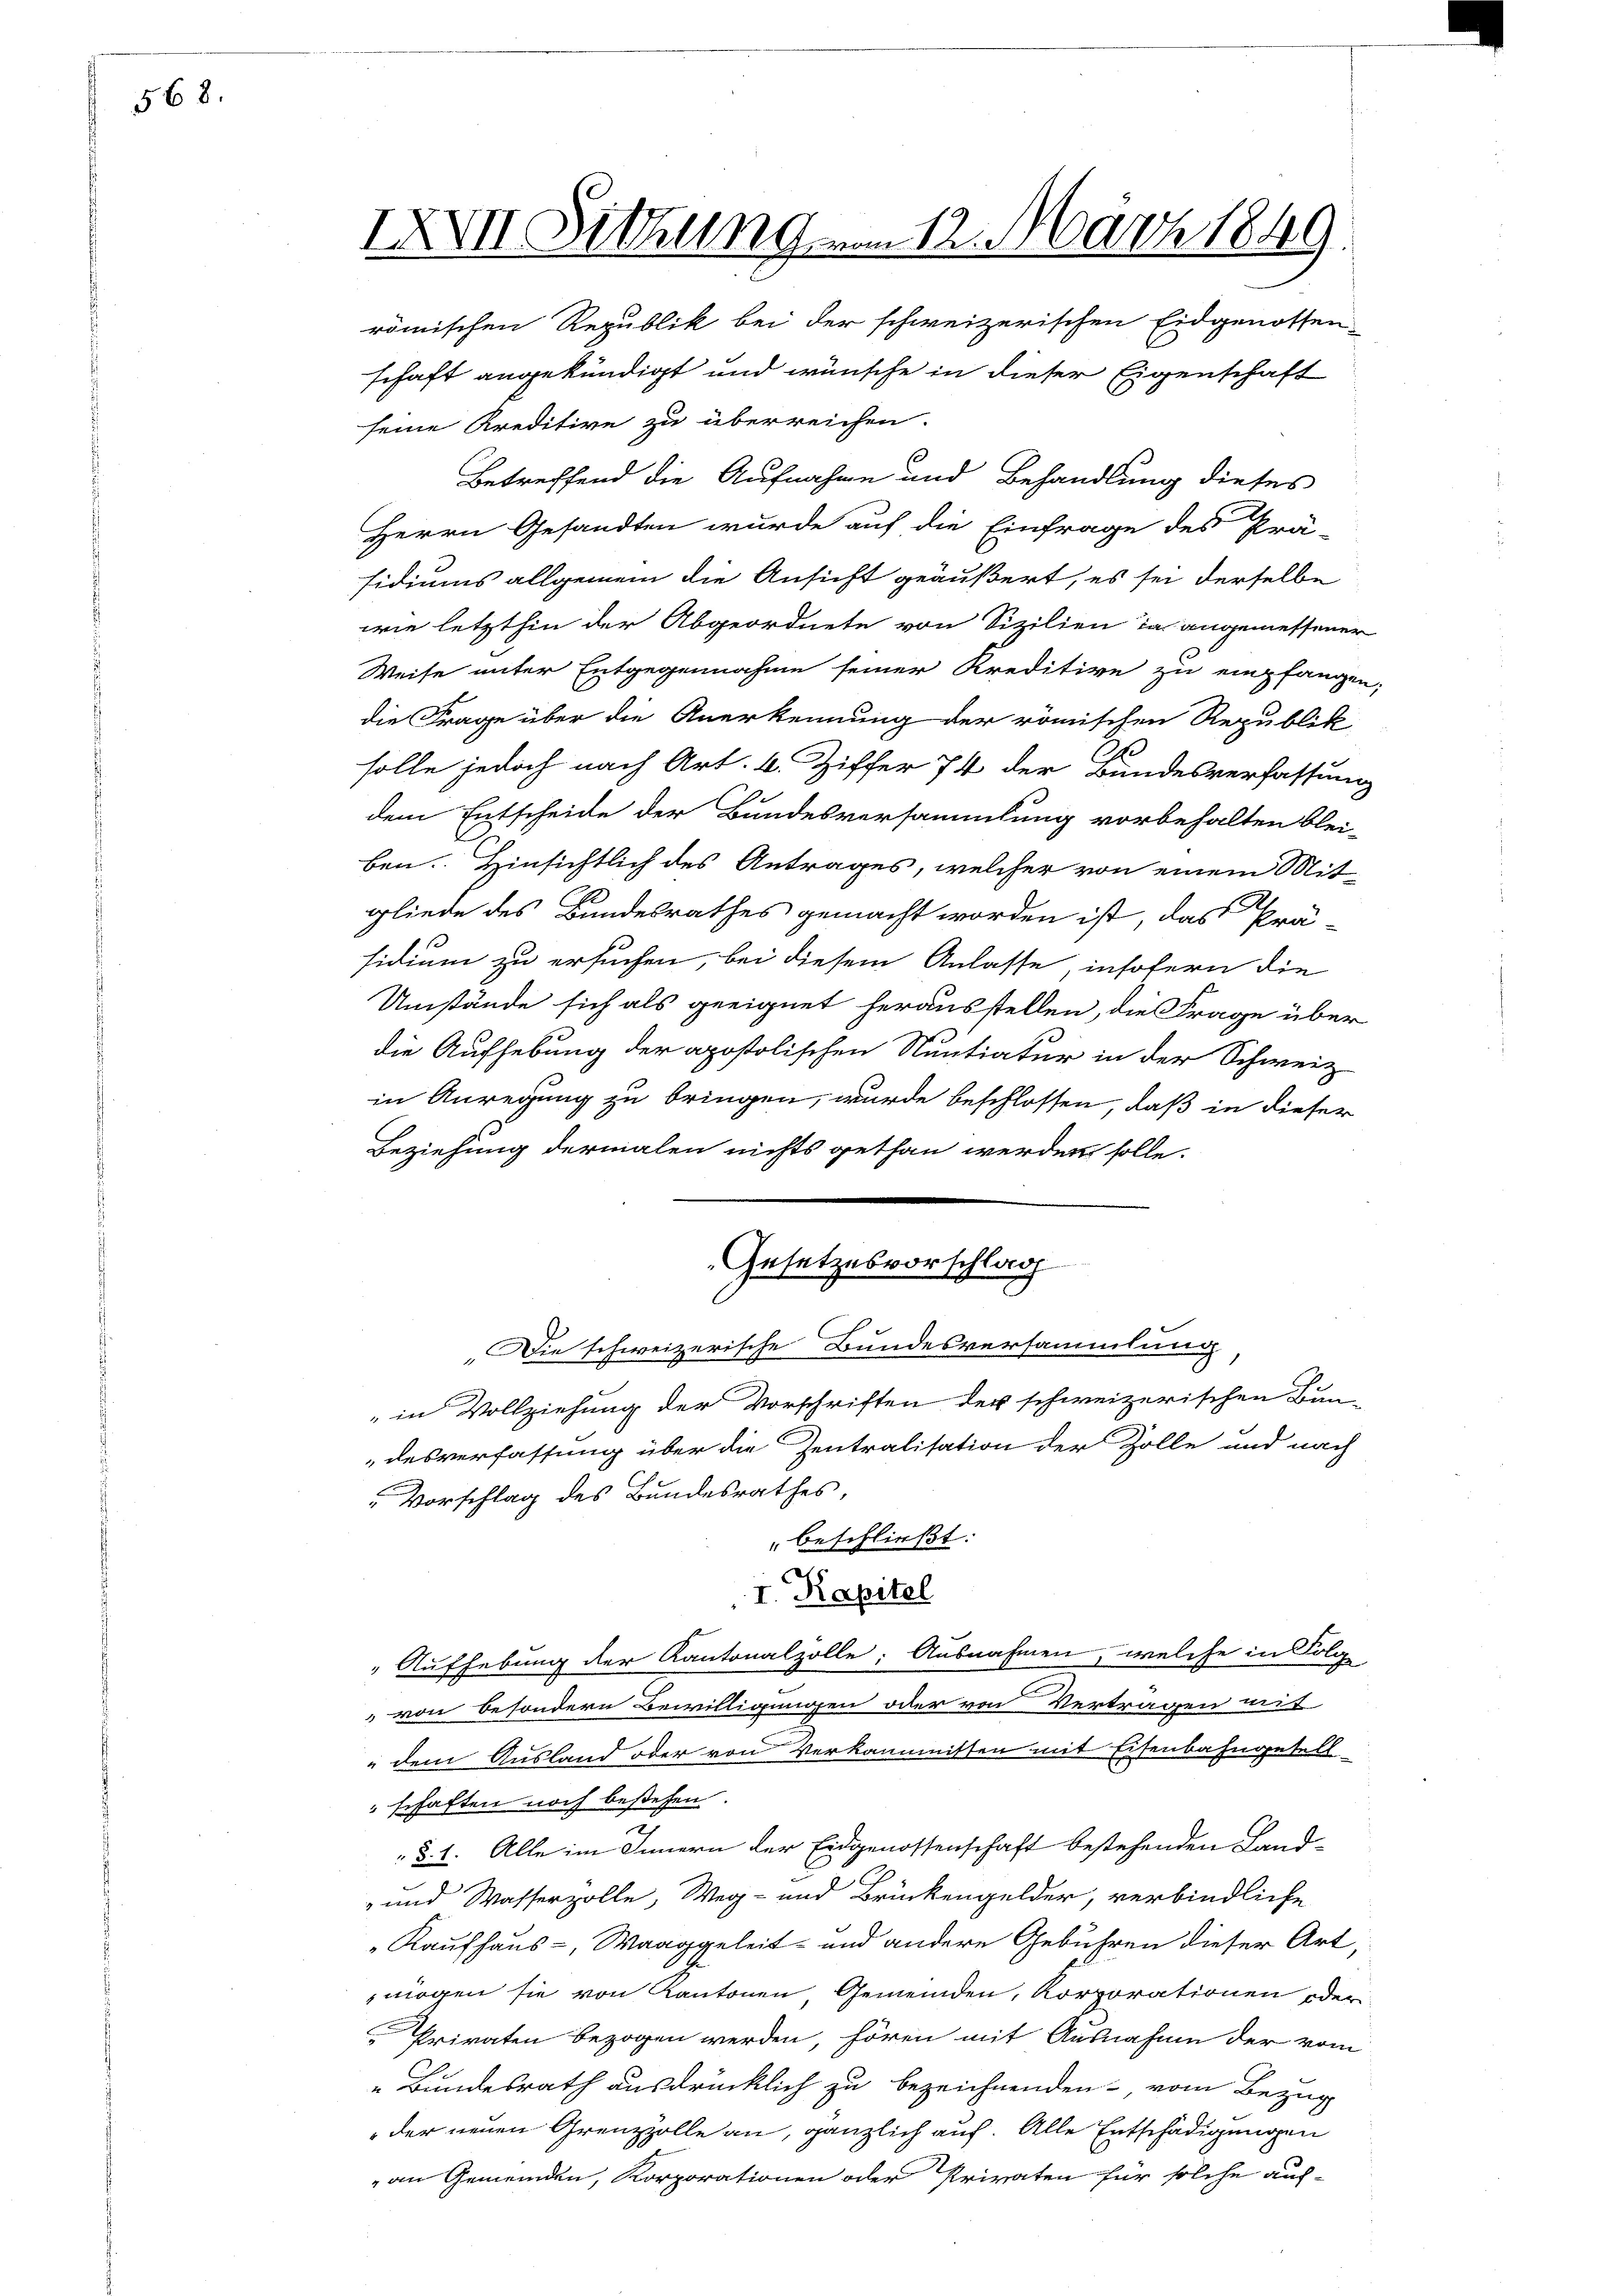
568.

IXVII Sitzung vom 12. März 1849.

römischen Republik bei der schweizerischen Eidgenossen-
schaft angekündigt und wünsche in dieser Eigenschaft
seine Kreditive zu überreichen.

Betreffend die Aufnahme und Behandlung dieses
Herrn Gesandten wurde auf die Einfrage des Prä-
sidiums allgemein die Ansicht geäußert, es sei derselbe
wie letzthin der Abgeordnete von Sizilien das angemessener
Weise unter Entgegennahme seiner Kreditive zu empfange
die Frage über die Anerkennung der römischen Republik
solle jedoch nach Art. 6. Ziffer 74 der Bundesverfassung
dem Entscheide der Bundesversammlung vorbehalten blei-
ben. Hinsichtlich des Antrages, welcher von einem Mit-
gliede des Bundesrathes gemacht worden ist, das Prä-
sidium zu ersuchen, bei diesem Anlasse, insofern die
Umstände sich als geeignet herausstellen, die Frage über
die Aufhebung der apostolischen Nuntiatur in der Schweiz
in Anregung zu bringen, wurde beschlossen, daß in dieser
Beziehung dermalen nichts gethan werden solle.
Gesetzesvorschlag
Die schweizerische Bundesversammlung
" in Vollziehung der Vorschriften der schweizerischen Bun-
desverfassung über die Zentralisation der Zolle und nach
Vorschlag des Bundesrathes,
beschließt:
I. Kapitel
" Aufhebung der Kantonalzolle; Ausnahmen, welche in Folg
von besondern Bewilligungen oder von Vertragen mit
" dem Ausland oder von Verkammnissen mit Eisenbahngesell
"schaften noch bestehen.
§. 1. Alle im Innern der Eidgenossenschaft bestehenden Land-
- und Wasserzolle, Weg- und Brückengelder, verbindliche
Kaufhaus-, Waaggeleit- und andere Gebühren dieser Art,
mögen sie von Kantonen Gemeinden, Korporationen oder
Privaten bezogen werden, hören mit Ausnahme der vom
„Bundesrath ausdrücklich zu bezeichnenden vom Bezug
 der neuen Grenzzolle an, gänzlich auf. Alle Entschädigungen
an Gemeinden, Korporationen oder Privaten für solche auf-